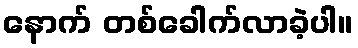
နောက် တစ်ခေါက်လာခဲ့ပါ။